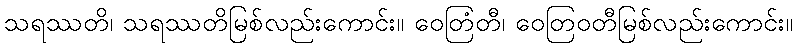
သရဿတိ၊ သရဿတိမြစ်လည်းကောင်း။ ဝေတြံတီ၊ ဝေတြဝတီမြစ်လည်းကောင်း။